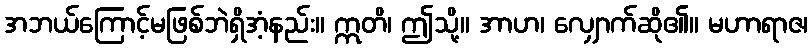
အဘယ်ကြောင့်မဖြစ်ဘဲရှိအံ့နည်း။ ဣတိ၊ ဤသို့။ အာဟ၊ လျှောက်ဆို၏။ မဟာရာဇ၊